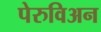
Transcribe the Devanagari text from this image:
पेरुविअन